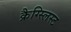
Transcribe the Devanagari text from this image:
क्रैग्स्लिस्ट